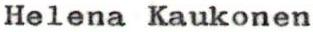
Helena Kaukonen